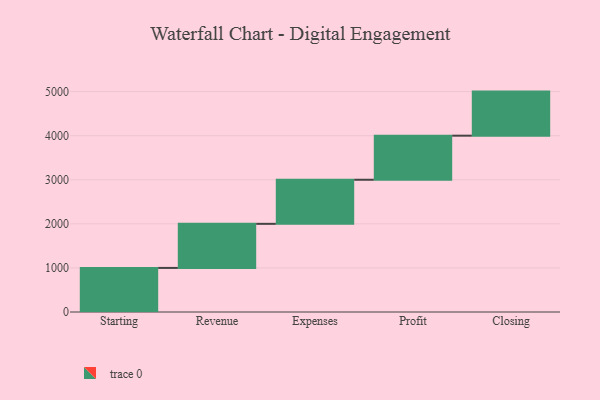
{"axis": {"x": "Step", "y": "Value"}, "legend": [""], "data": [{"x": "Starting", "y": 1000, "type": ""}, {"x": "Revenue", "y": 1000, "type": ""}, {"x": "Expenses", "y": 1000, "type": ""}, {"x": "Profit", "y": 1000, "type": ""}, {"x": "Closing", "y": 1000, "type": ""}]}